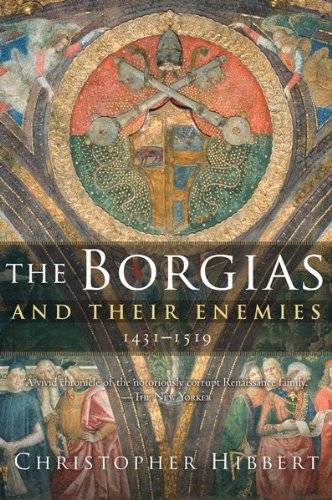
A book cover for The Borgias and Their Enemies: 1431-1519; Christopher Hibbert; History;